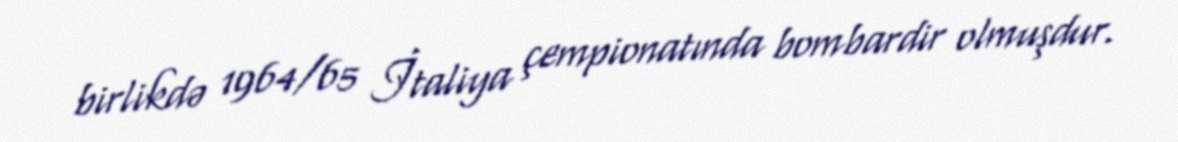
birlikdə 1964/65 İtaliya çempionatında bombardir olmuşdur.